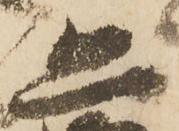
恐